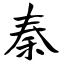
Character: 秦